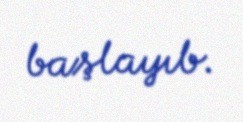
başlayıb.